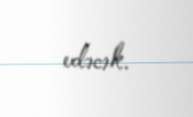
edəcək.